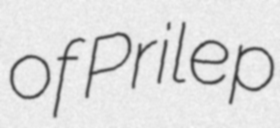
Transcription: of Prilep